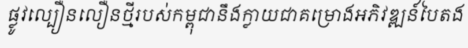
ផ្លូវល្បឿនលឿនថ្មីរបស់កម្ពុជានឹងក្លាយជាគម្រោងអភិវឌ្ឍន៍បៃតង